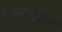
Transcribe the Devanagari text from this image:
क्लोवीस